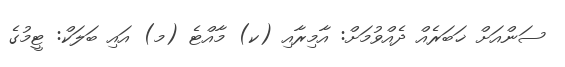
ސަންއަށް ޚަބަރެއް ދެއްވުމަށް: އާމިރާއި (ކ) މާއްޓެ (މ) އައި ބަލަކް: ޓީމުގެ